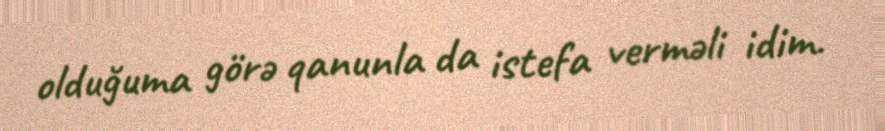
olduğuma görə qanunla da istefa verməli idim.